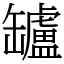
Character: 罏